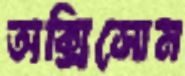
অক্সিসোম